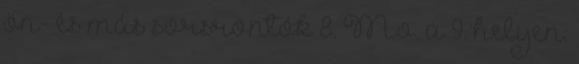
ön- és más sorsrontók 8. Mo. a 9. helyen: